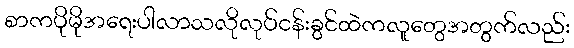
စာကပိုမိုအရေးပါလာသလိုလုပ်ငန်းခွင်ထဲကလူတွေအတွက်လည်း